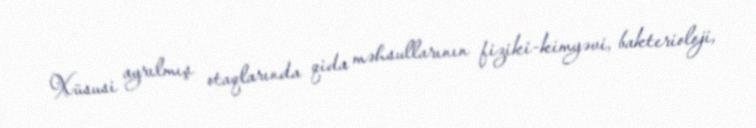
Xüsusi ayrılmış otaqlarında qida məhsullarının fiziki-kimyəvi, bakterioloji,